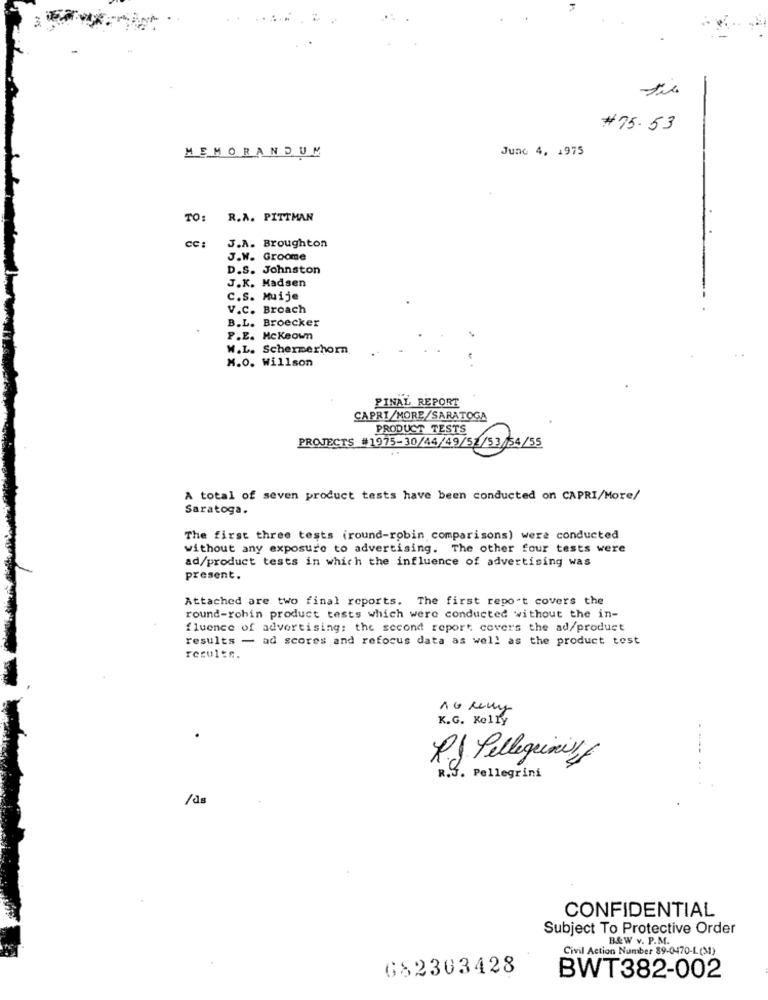
#75.53
MEMORANDUM
June 4, 1975
TO: R.A. PITTMAN
CC:
J.A. Broughton
J.W. Groome
D.S. Johnston
J.K. Madsen
C.S. Muije
V.C. Broach
B.L. Broecker
P.E. Mckeown
W.L. Schermerhorn
M.O. Willson
PINAL REPORT
CAPRI/MORE/SARATOGA
PRODUCT TESTS
PROJECTS #1975-30/44/49/52/53/54/55
A total of seven product tests have been conducted on CAPRI/More/
Saratoga.
The first three tests (round-robin comparisons) were conducted
without any exposure to advertising. The other four tests were
ad/product tests in which the influence of advertising was
present.
Attached are two final reports. The first report covers the
round-robin product tests which were conducted without the in-
fluence of advertising: the second report covers the ad/product
results - ad scores and refocus data as well as the product test
results.
K.G. Kelly
.
R.J. Pellegrini,f
R.J. Pellegrini
/ds
CONFIDENTIAL
Subject To Protective Order
B&W v. P.M.
Civil Action Number 89-0470-L(31)
682303428
BWT382-002